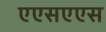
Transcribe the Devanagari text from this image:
एएसएएस